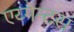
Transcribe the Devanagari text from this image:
एय्गेन्टस